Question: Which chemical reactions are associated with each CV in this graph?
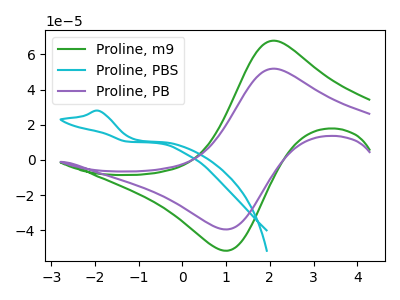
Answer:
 <answer>The green curve is labeled "Proline, m9". The cyan curve is labeled "Proline, PBS". The purple curve is labeled "Proline, PB".</answer>
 <eval></eval>